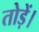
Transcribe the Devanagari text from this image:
तोड़ें।